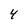
Character: 4